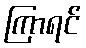
ကြာရင်